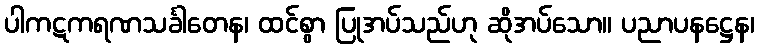
ပါကဋကရဏသင်္ခါတေန၊ ထင်စွာ ပြုအပ်သည်ဟု ဆိုအပ်သော။ ပညာပနဋ္ဌေန၊